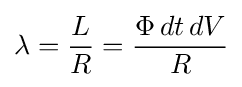
\lambda ={\frac {L}{R}}={\frac {\Phi \,dt\,dV}{R}}